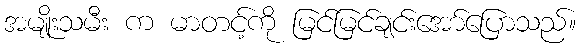
အမျိုးသမီး က မာတင့်ကို မြင်မြင်ချင်းအော်ပြောသည်။